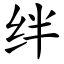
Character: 绊